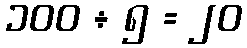
၁၀၀ ÷ ၅ = ၂၀